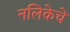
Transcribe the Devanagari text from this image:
नलिकेचे